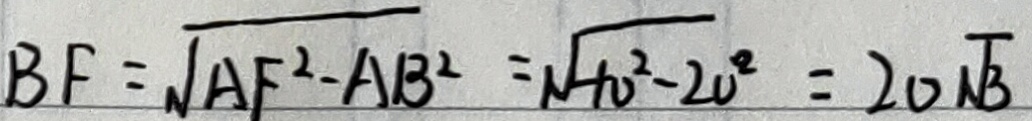
B F = \sqrt { A F ^ { 2 } - A B ^ { 2 } } = \sqrt { - 1 0 ^ { 2 } - 2 0 ^ { 2 } } = 2 0 \sqrt { 3 }